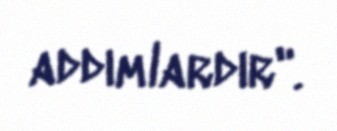
addımlardır".